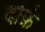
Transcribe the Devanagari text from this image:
दोर्फ़